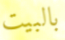
بالبيت